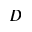
D